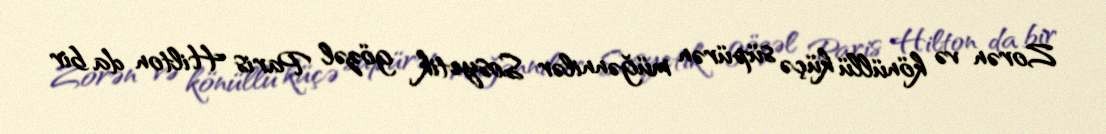
Zorən və könüllü küçə süpürən müğənnilər Sosyetik gözəl Paris Hilton da bir